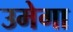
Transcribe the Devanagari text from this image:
उमेगा